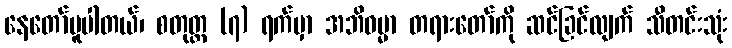
နေတော်မူပါတယ်၊ စတုတ္ထ (၇) ရက်မှာ အဘိဓမ္မာ တရားတော်ကို ဆင်ခြင်လျက် သီတင်းသုံး